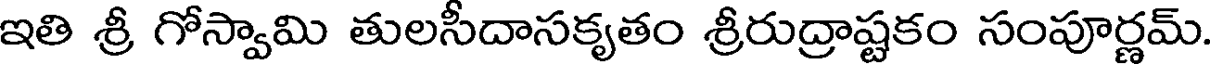
ఇతి శ్రీ గోస్వామి తులసీదాసకృతం శ్రీరుద్రాష్టకం సంపూర్ణమ్